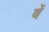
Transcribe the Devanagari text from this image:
बें